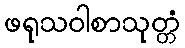
ဖရုသဝါစာသုတ္တံ